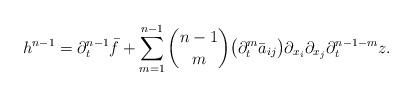
LaTeX: \begin{align*}h^{n - 1} = \partial_{t}^{n - 1} \bar{f} +\sum_{m = 1}^{n - 1} \binom{n - 1}{m} \big(\partial_{t}^{m} \bar{a}_{ij}\big)\partial_{x_{i}} \partial_{x_{j}} \partial_{t}^{n - 1 - m} z.\end{align*}